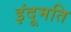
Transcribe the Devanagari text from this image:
इंदूमति